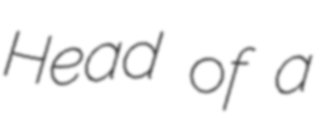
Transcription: Head of a